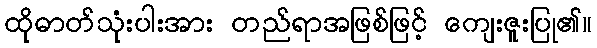
ထိုဓာတ်သုံးပါးအား တည်ရာအဖြစ်ဖြင့် ကျေးဇူးပြု၏။